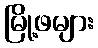
မြို့ဖများ